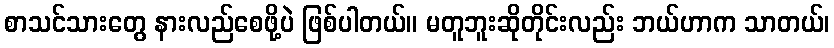
စာသင်သားတွေ နားလည်စေဖို့ပဲ ဖြစ်ပါတယ်။ မတူဘူးဆိုတိုင်းလည်း ဘယ်ဟာက သာတယ်၊